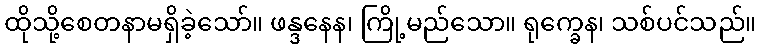
ထိုသို့စေတနာမရှိခဲ့သော်။ ဖန္ဒနေန၊ ကြို့မည်သော။ ရုက္ခေန၊ သစ်ပင်သည်။